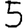
Digit: 5